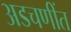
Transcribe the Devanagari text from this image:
अडचणींत